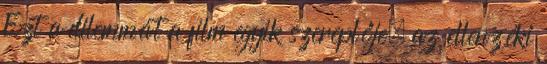
Ezt a dilemmát a film egyik szereplője, az ellenzéki